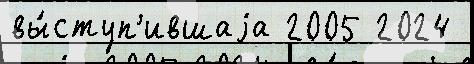
вы́ступ'ившаjа 2005 2024